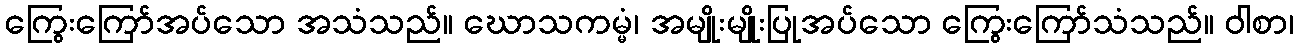
ကြွေးကြော်အပ်သော အသံသည်။ ဃောသကမ္မံ၊ အမျိုးမျိုးပြုအပ်သော ကြွေးကြော်သံသည်။ ဝါစာ၊